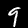
Label: 9